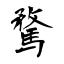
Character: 騖